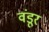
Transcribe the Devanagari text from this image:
वंडूर